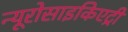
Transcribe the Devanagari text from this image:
न्यूरोसाइकिएट्री